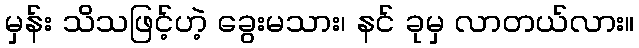
မှန်း သိသဖြင့်ဟဲ့ ခွေးမသား၊ နင် ခုမှ လာတယ်လား။